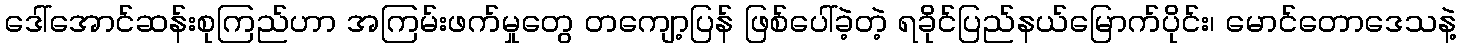
ဒေါ်အောင်ဆန်းစုကြည်ဟာ အကြမ်းဖက်မှုတွေ တကျော့ပြန် ဖြစ်ပေါ်ခဲ့တဲ့ ရခိုင်ပြည်နယ်မြောက်ပိုင်း၊ မောင်တောဒေသနဲ့